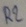
Text: R2